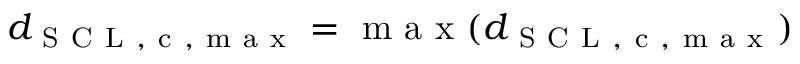
d _ { \mathrm { ~ S ~ C ~ L ~ , ~ c ~ , ~ m ~ a ~ x ~ } } = \mathrm { ~ m ~ a ~ x ~ } ( d _ { \mathrm { ~ S ~ C ~ L ~ , ~ c ~ , ~ m ~ a ~ x ~ } } )